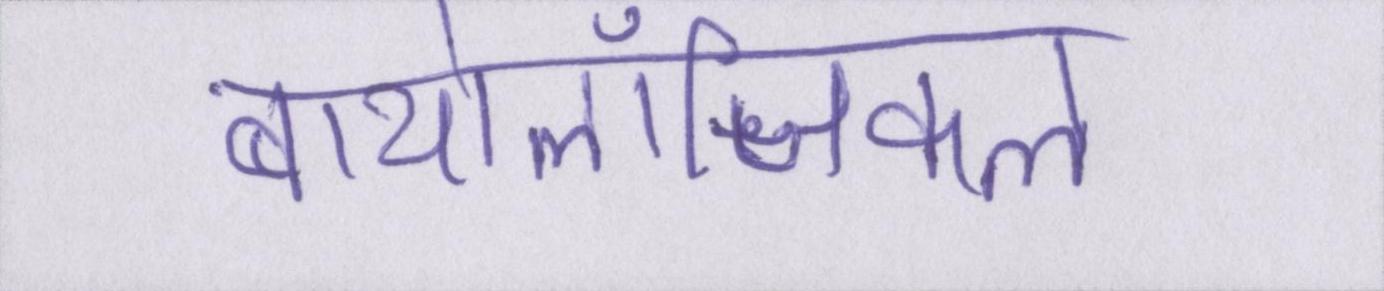
बायोलॉजिकल